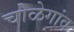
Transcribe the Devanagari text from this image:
चोळेगांव